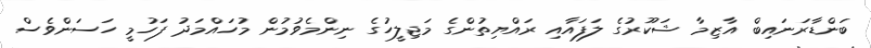
ބަންޑާރަނައިބް އާޒިމާ ޝަކޫރުގެ ލަފައާއި ރައްޔިތުންގެ މަޖިލީހުގެ ނިންމެވުމުން މުހައްމަދު ފަހުމީ ހަސަންވެސް